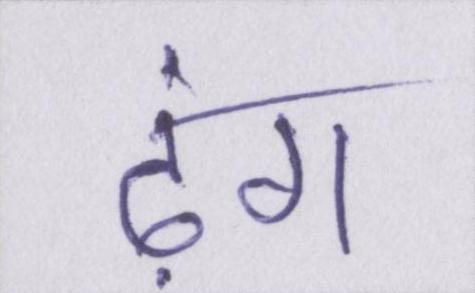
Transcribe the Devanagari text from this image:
ढ़ंग